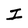
Character: I